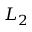
L _ { 2 }